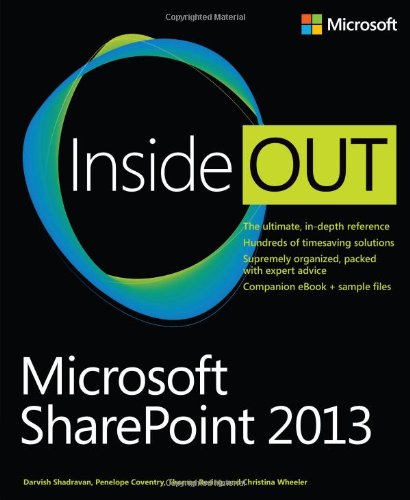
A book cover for Microsoft SharePoint 2013 Inside Out; Darvish Shadravan; Computers & Technology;